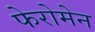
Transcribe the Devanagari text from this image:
फेरोमेन